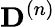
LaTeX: \mathbf{D}^{(n)}